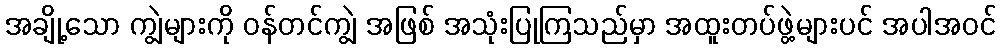
အချို့သော ကျွဲများကို ဝန်တင်ကျွဲ အဖြစ် အသုံးပြုကြသည်မှာ အထူးတပ်ဖွဲ့များပင် အပါအဝင်